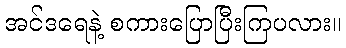
အင်ဒရေနဲ့ စကားပြောပြီးကြပလား။